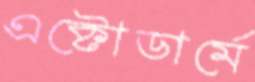
এক্টোডার্মে